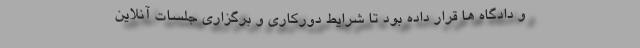
و دادگاه ها قرار داده بود تا شرایط دورکاری و برگزاری جلسات آنلاین